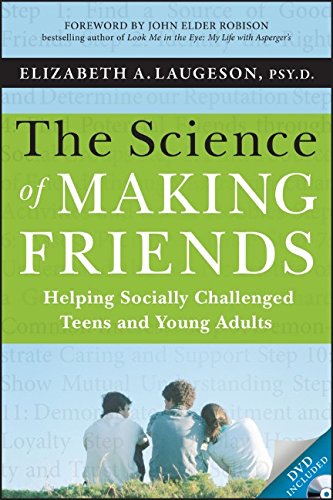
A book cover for The Science of Making Friends, (w/DVD): Helping Socially Challenged Teens and Young Adults; Elizabeth Laugeson; Parenting & Relationships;